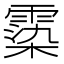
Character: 𩃵